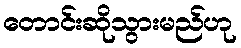
တောင်းဆိုသွားမည်ဟု